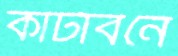
কাটাবনে